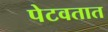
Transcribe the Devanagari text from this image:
पेटवतात